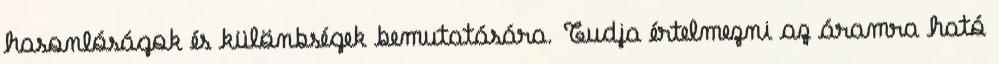
hasonlóságok és különbségek bemutatására. Tudja értelmezni az áramra ható